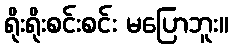
ရိုးရိုးစင်းစင်း မပြောဘူး။